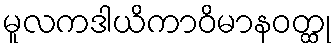
မူလကဒါယိကာဝိမာနဝတ္ထု